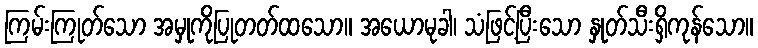
ကြမ်းကြုတ်သော အမှုကိုပြုတတ်ထသော။ အယောမုခါ၊ သံဖြင့်ပြီးသော နှုတ်သီးရှိကုန်သော။